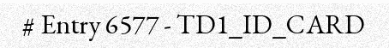
# Entry 6577 - TD1_ID_CARD